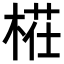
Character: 𣖝